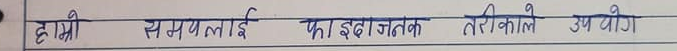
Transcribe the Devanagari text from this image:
दक्ष्मी समयलाई फाईदाजनक तरिकाले उपयोग